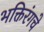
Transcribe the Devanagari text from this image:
भक्तिरंगचे